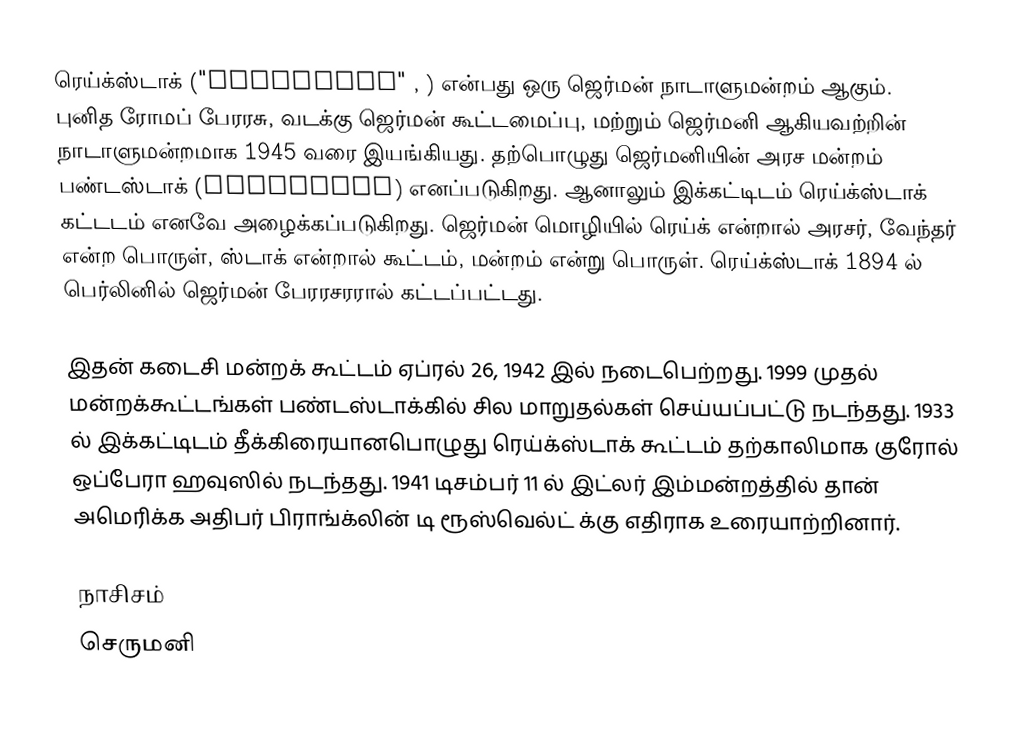
ரெய்க்ஸ்டாக் ("Reichstag" , ) என்பது ஒரு ஜெர்மன் நாடாளுமன்றம் ஆகும். புனித ரோமப் பேரரசு, வடக்கு ஜெர்மன் கூட்டமைப்பு, மற்றும் ஜெர்மனி ஆகியவற்றின் நாடாளுமன்றமாக 1945 வரை இயங்கியது. தற்பொழுது ஜெர்மனியின் அரச மன்றம் பண்டஸ்டாக் (Bundestag) எனப்படுகிறது. ஆனாலும் இக்கட்டிடம் ரெய்க்ஸ்டாக் கட்டடம் எனவே அழைக்கப்படுகிறது. ஜெர்மன் மொழியில் ரெய்க் என்றால் அரசர், வேந்தர் என்ற பொருள், ஸ்டாக் என்றால் கூட்டம், மன்றம் என்று பொருள். ரெய்க்ஸ்டாக் 1894 ல் பெர்லினில் ஜெர்மன் பேரரசரரால் கட்டப்பட்டது.

இதன் கடைசி மன்றக் கூட்டம் ஏப்ரல் 26, 1942 இல் நடைபெற்றது. 1999 முதல் மன்றக்கூட்டங்கள் பண்டஸ்டாக்கில் சில மாறுதல்கள் செய்யப்பட்டு நடந்தது. 1933 ல் இக்கட்டிடம் தீக்கிரையானபொழுது ரெய்க்ஸ்டாக் கூட்டம் தற்காலிமாக குரோல் ஒப்பேரா ஹவுஸில் நடந்தது. 1941 டிசம்பர் 11 ல் இட்லர் இம்மன்றத்தில் தான் அமெரிக்க அதிபர் பிராங்க்லின் டி ரூஸ்வெல்ட் க்கு எதிராக உரையாற்றினார்.

நாசிசம்
செருமனி